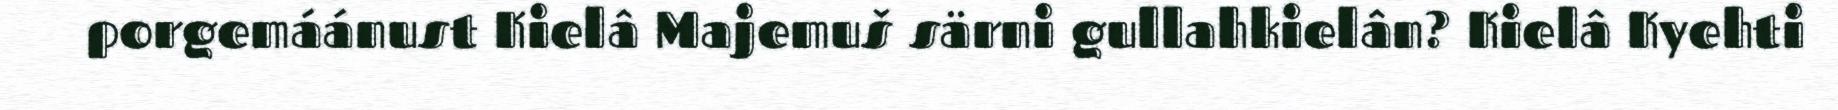
porgemáánust Kielâ Majemuš särni gullahkielân? Kielâ Kyehti